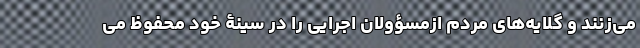
می‌زنند و گلایه‌های مردم ازمسؤولان اجرایی را در سینۀ خود محفوظ می